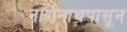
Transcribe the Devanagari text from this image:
नागनाथपासून